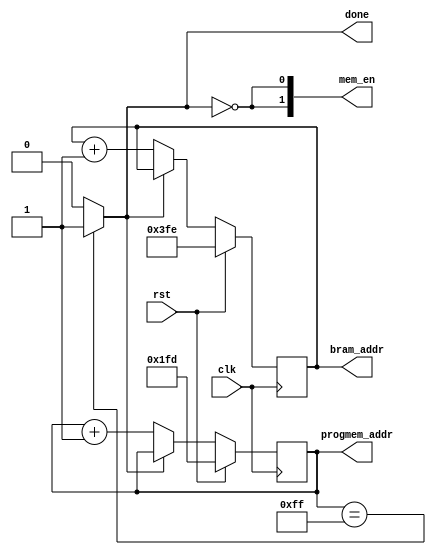
module instr_load_counter(bram_addr,progmem_addr,clk,rst,done,mem_en);

    output reg [9:0] bram_addr;
    output reg [8:0] progmem_addr;
    input clk,rst;
    output reg done;
    output [1:0] mem_en;
    
   // parameter idle1 = 2'b00;
   // parameter idle2 = 2'b01;
   // parameter idle3 = 2'b10;
   // parameter idle4 = 2'b11;
    
  //  assign done = (count_addr==9'd255)?1:0;
    assign mem_en[0] = ~done;
    assign mem_en[1] = ~done;
    
    always@(negedge clk)
    begin
        if(rst)
        begin
           bram_addr <= 10'd1022;
           progmem_addr <= 9'd509;
        end
        else if(done)
        begin
            bram_addr <= bram_addr;
            progmem_addr <= progmem_addr;
        end
        else
        begin
            bram_addr <= bram_addr + 1;
            progmem_addr <= progmem_addr + 1;
        end
    end
    
    always@(*)
    begin
        if(progmem_addr == 9'd255)
            done<= 1;
        else
            done <= 0;
    end
        
endmodule
module count_tb2;
    wire [8:0] count_addr;
    reg clk,rst;
    wire done;
    wire [1:0] mem_en;
    instr_load_counter uut(count_addr,clk,rst,done,mem_en);
    
    initial begin
    clk = 0;
    rst = 1;
    #40 rst = 0;
    #5200 rst = 1;
    #40 rst = 0;
    end
    
    always #10 clk = ~clk;
    
    
endmodule